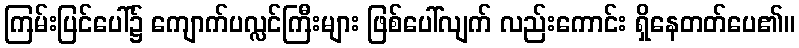
ကြမ်းပြင်ပေါ်၌ ကျောက်ပလ္လင်ကြီးများ ဖြစ်ပေါ်လျက် လည်းကောင်း ရှိနေတတ်ပေ၏။